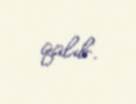
qalıb.